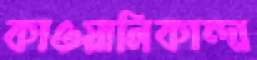
কাওয়ালিকান্দা